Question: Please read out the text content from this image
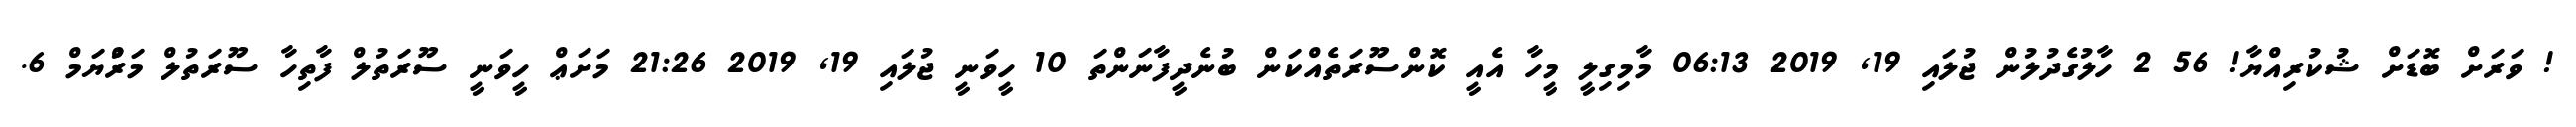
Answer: ! ވަރަށް ބޮޑަށް ޝުކުރިއްޔާ! 56 2 ހާލުގެދުލުން ޖުލައި 19, 2019 06:13 މާމިގިލީ މީހާ އެއީ ކޮންސޫރަތެއްކަން ބުނެދީފާނަންތަ 10 ހީވަނީ ޖުލައި 19, 2019 21:26 މަށަޢް ހީވަނީ ސޫރަތުލް ފާތިހާ ސޫރަތުލް މަރްުޔަމް 6.